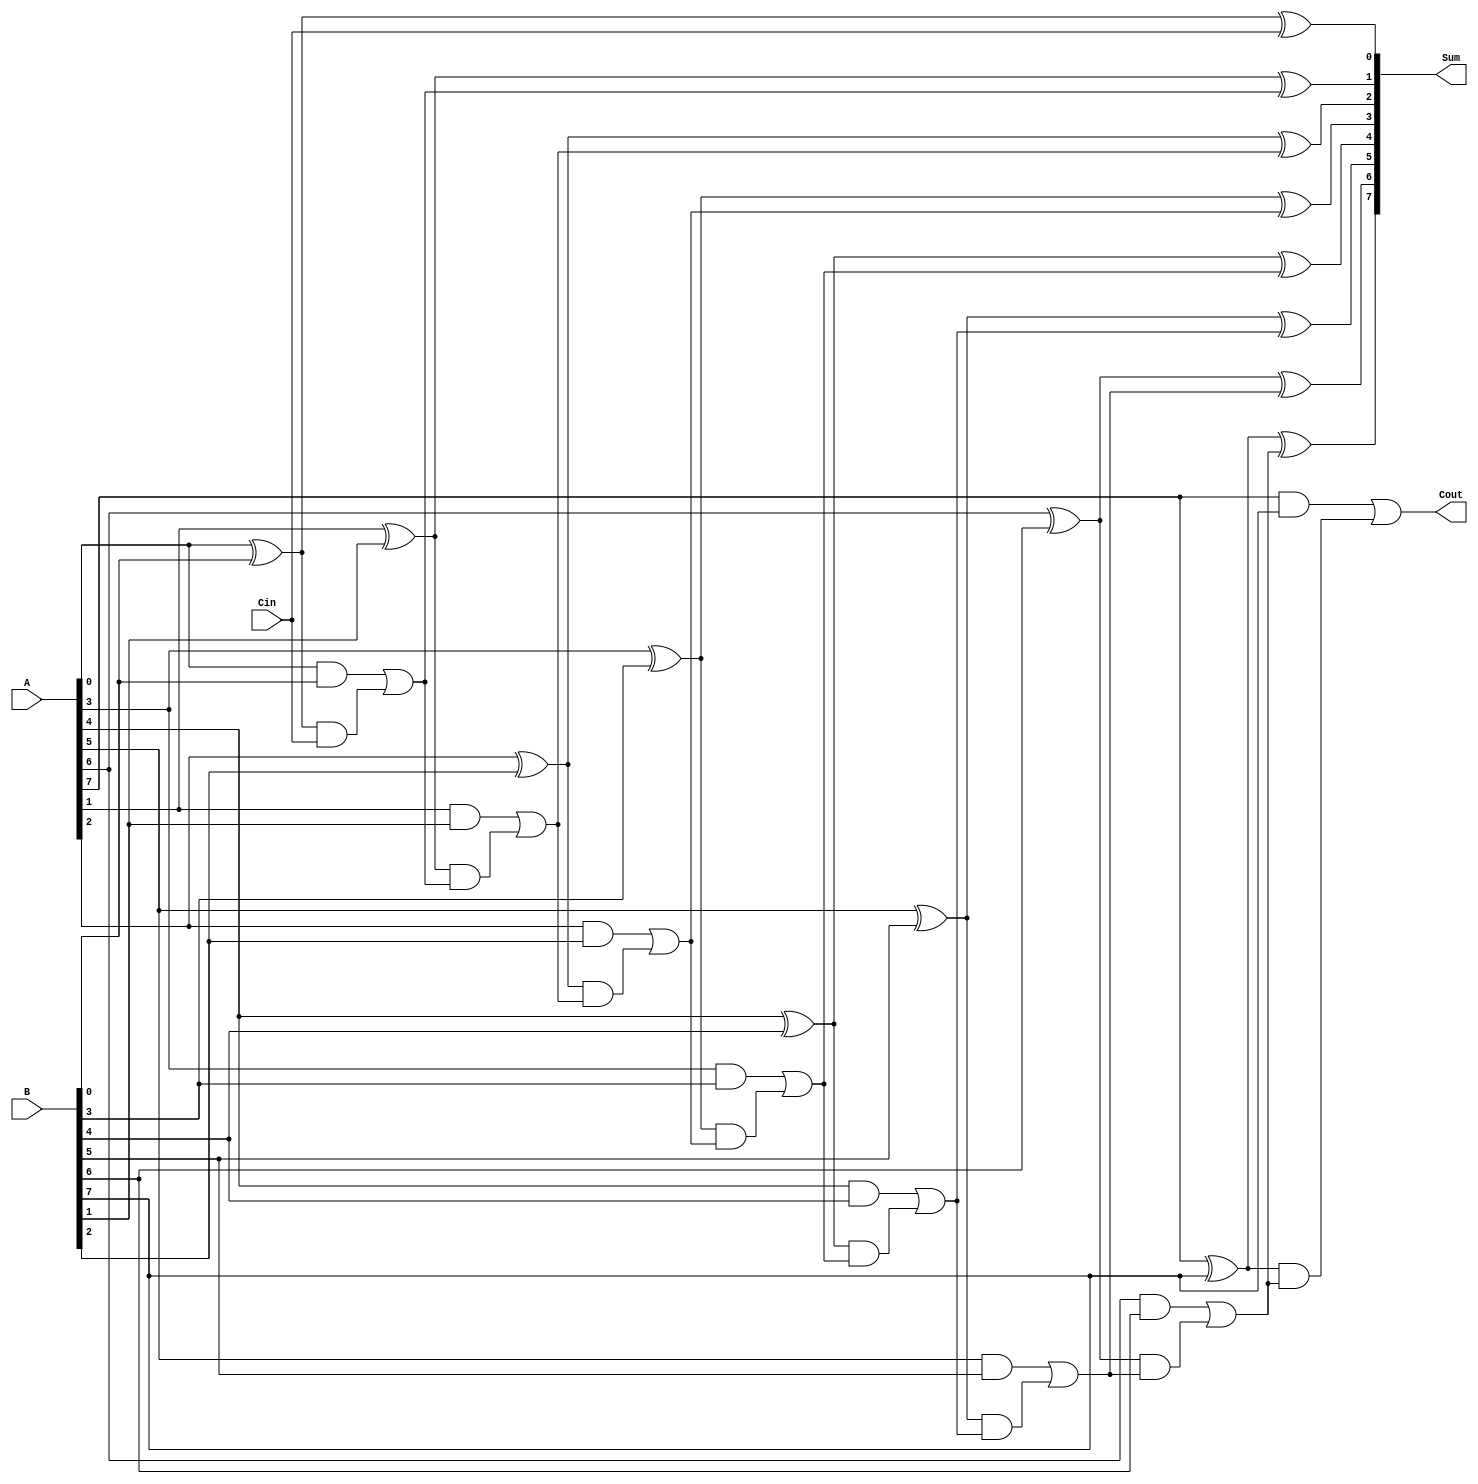
module PrecomputationCarryAdder #(
    parameter N = 8 // Bit-width of the operands
)(
    input  wire [N-1:0] A,  // First operand
    input  wire [N-1:0] B,  // Second operand
    input  wire Cin,        // Carry-in
    output wire [N-1:0] Sum, // Sum output
    output wire Cout        // Carry-out
);

    // Internal signals for generate and propagate
    wire [N-1:0] G; // Generate
    wire [N-1:0] P; // Propagate
    wire [N-1:0] C; // Carry

    // Generate and propagate calculations
    genvar i;
    generate
        for (i = 0; i < N; i = i + 1) begin : carry_logic
            assign G[i] = A[i] & B[i];       // Generate
            assign P[i] = A[i] ^ B[i];       // Propagate
            
            // Carry calculations
            if (i == 0) begin
                assign C[i] = G[i] | (P[i] & Cin); // Cout[0]
            end else begin
                assign C[i] = G[i] | (P[i] & C[i-1]); // Cout[i]
            end
        end
    endgenerate

    // Sum calculations
    generate
        for (i = 0; i < N; i = i + 1) begin : sum_logic
            if (i == 0) begin
                assign Sum[i] = P[i] ^ Cin; // Sum[0]
            end else begin
                assign Sum[i] = P[i] ^ C[i-1]; // Sum[i]
            end
        end
    endgenerate

    // Final carry-out is the last carry computed
    assign Cout = C[N-1]; // Carry-out from the most significant bit

endmodule